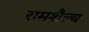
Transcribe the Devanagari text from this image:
रामशैल्य